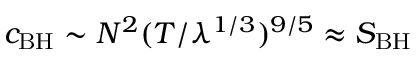
c _ { \mathrm { B H } } \sim N ^ { 2 } ( T / \lambda ^ { 1 / 3 } ) ^ { 9 / 5 } \approx S _ { \mathrm { B H } }